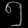
Digit: ၅